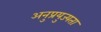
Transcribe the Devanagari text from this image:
अनुप्रयुज्यता